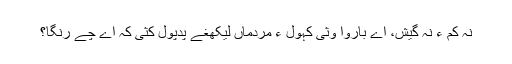
نہ کم ءُُ نہ گیش، اے باروا وثی کہول ءِ مردماں لیکھغے پدپول کثی کہ اے چے رنگا؟